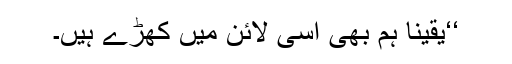
‘‘یقینا ہم بھی اسی لائن میں کھڑے ہیں۔